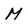
Character: M